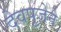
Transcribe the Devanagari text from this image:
देवपूजेने